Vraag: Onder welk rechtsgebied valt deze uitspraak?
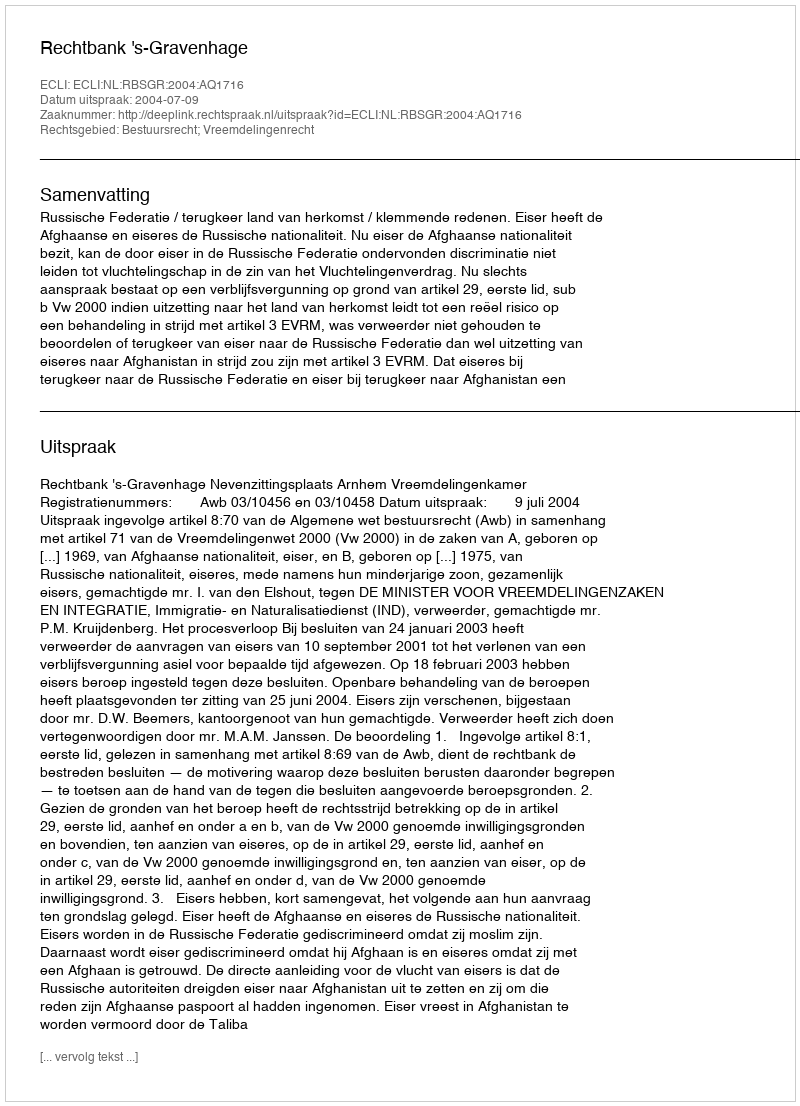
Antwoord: Bestuursrecht; Vreemdelingenrecht